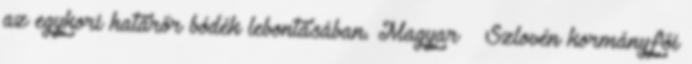
az egykori határőr bódék lebontásában. Magyar – Szlovén kormányfői